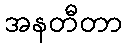
အနတီတာ